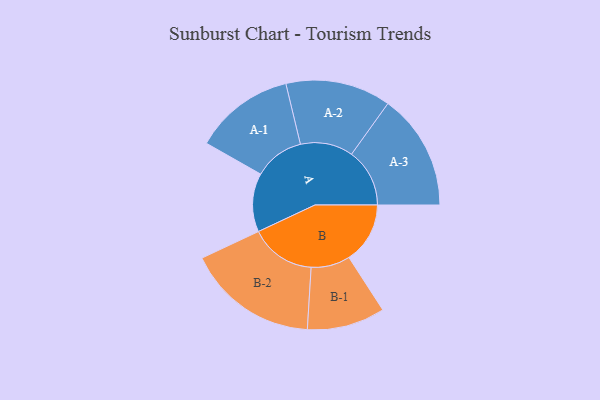
{"axis": {"x": "Segment", "y": "Value"}, "legend": ["", "A", "B"], "data": [{"x": "A", "y": 257, "type": ""}, {"x": "B", "y": 268, "type": ""}, {"x": "A-1", "y": 220, "type": "A"}, {"x": "A-2", "y": 231, "type": "A"}, {"x": "A-3", "y": 255, "type": "A"}, {"x": "B-1", "y": 171, "type": "B"}, {"x": "B-2", "y": 288, "type": "B"}]}